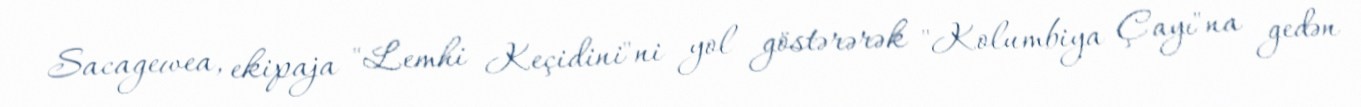
Sacagewea, ekipaja "Lemhi Keçidini"ni yol göstərərək "Kolumbiya Çayı"na gedən